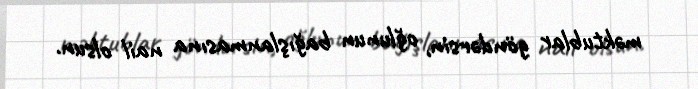
məktublar göndərsin, oğlunun bağışlanmasına nail olsun.